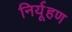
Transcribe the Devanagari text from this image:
निर्यूहण